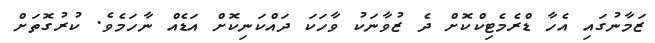
ޒަމާނުގައި އެހާ ޑްރެމެޓިކްކޮށް ދެ ޒުވާނަކު ވާހަކަ ދައްކަނިކޮށް އަޑެއް ނާހަމެވެ. ކުރުގޮތަށް